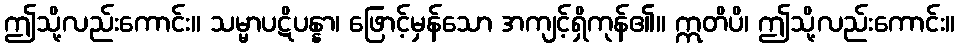
ဤသို့လည်းကောင်း။ သမ္မာပဋိပန္နာ၊ ဖြောင့်မှန်သော အကျင့်ရှိကုန်၏။ ဣတိပိ၊ ဤသို့လည်းကောင်း။